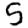
Digit: 5